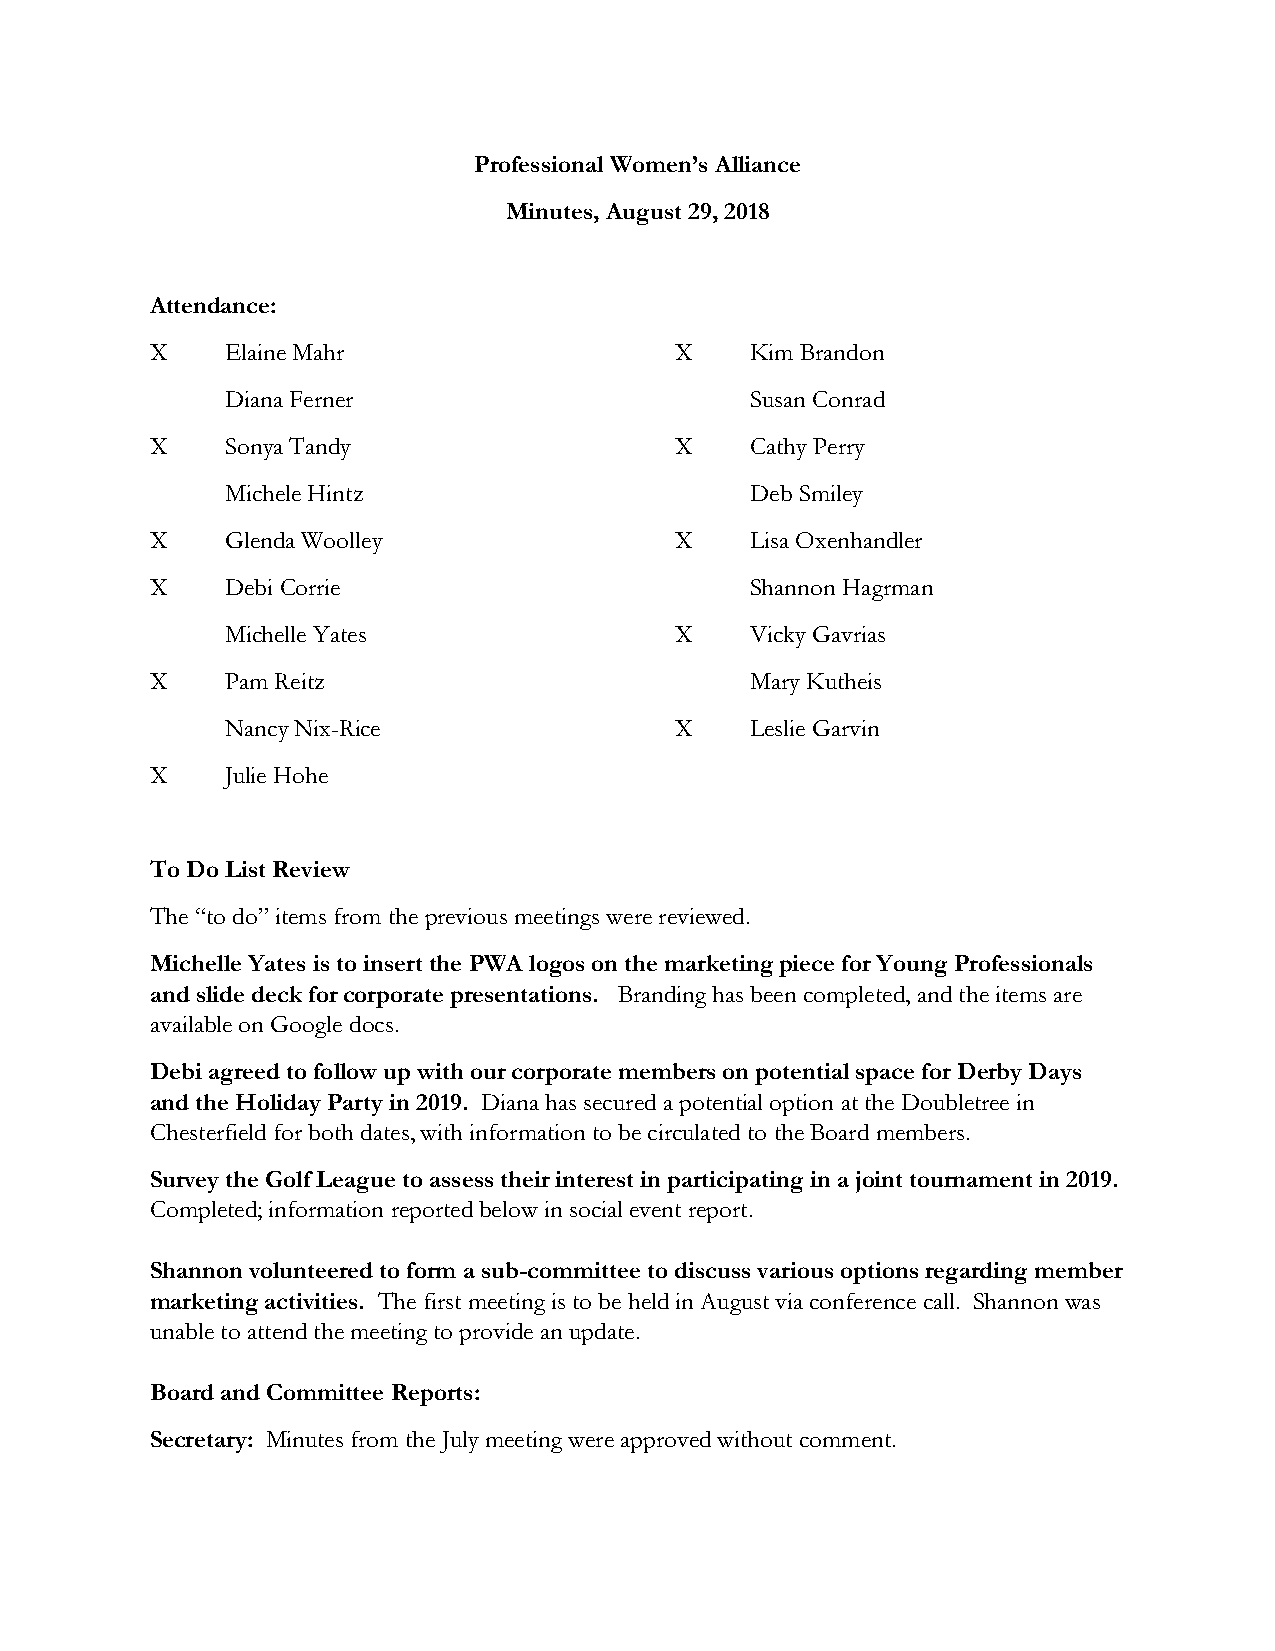
Professional Women’s Alliance
 Minutes, August 29, 2018
 Attendance:
 X    Elaine Mahr                   X    Kim Brandon
 Diana Ferner                       Susan Conrad
 X    Sonya Tandy                   X    Cathy Perry
 Michele Hintz                      Deb Smiley
 X    Glenda Woolley                X    Lisa Oxenhandler
 X    Debi Corrie                        Shannon Hagrman
 Michelle Yates                X    Vicky Gavrias
 X    Pam Reitz                          Mary Kutheis
 Nancy Nix-Rice                X    Leslie Garvin
 X    Julie Hohe
 To Do List Review
 The “to do” items from the previous meetings were reviewed.
 Michelle Yates is to insert the PWA logos on the marketing piece for Young Professionals
 and slide deck for corporate presentations. Branding has been completed, and the items are
 available on Google docs.
 Debi agreed to follow up with our corporate members on potential space for Derby Days
 and the Holiday Party in 2019. Diana has secured a potential option at the Doubletree in
 Chesterfield for both dates, with information to be circulated to the Board members.
 Survey the Golf League to assess their interest in participating in a joint tournament in 2019.
 Completed; information reported below in social event report.
 Shannon volunteered to form a sub-committee to discuss various options regarding member
 marketing activities. The first meeting is to be held in August via conference call. Shannon was
 unable to attend the meeting to provide an update.
 Board and Committee Reports:
 Secretary: Minutes from the July meeting were approved without comment.